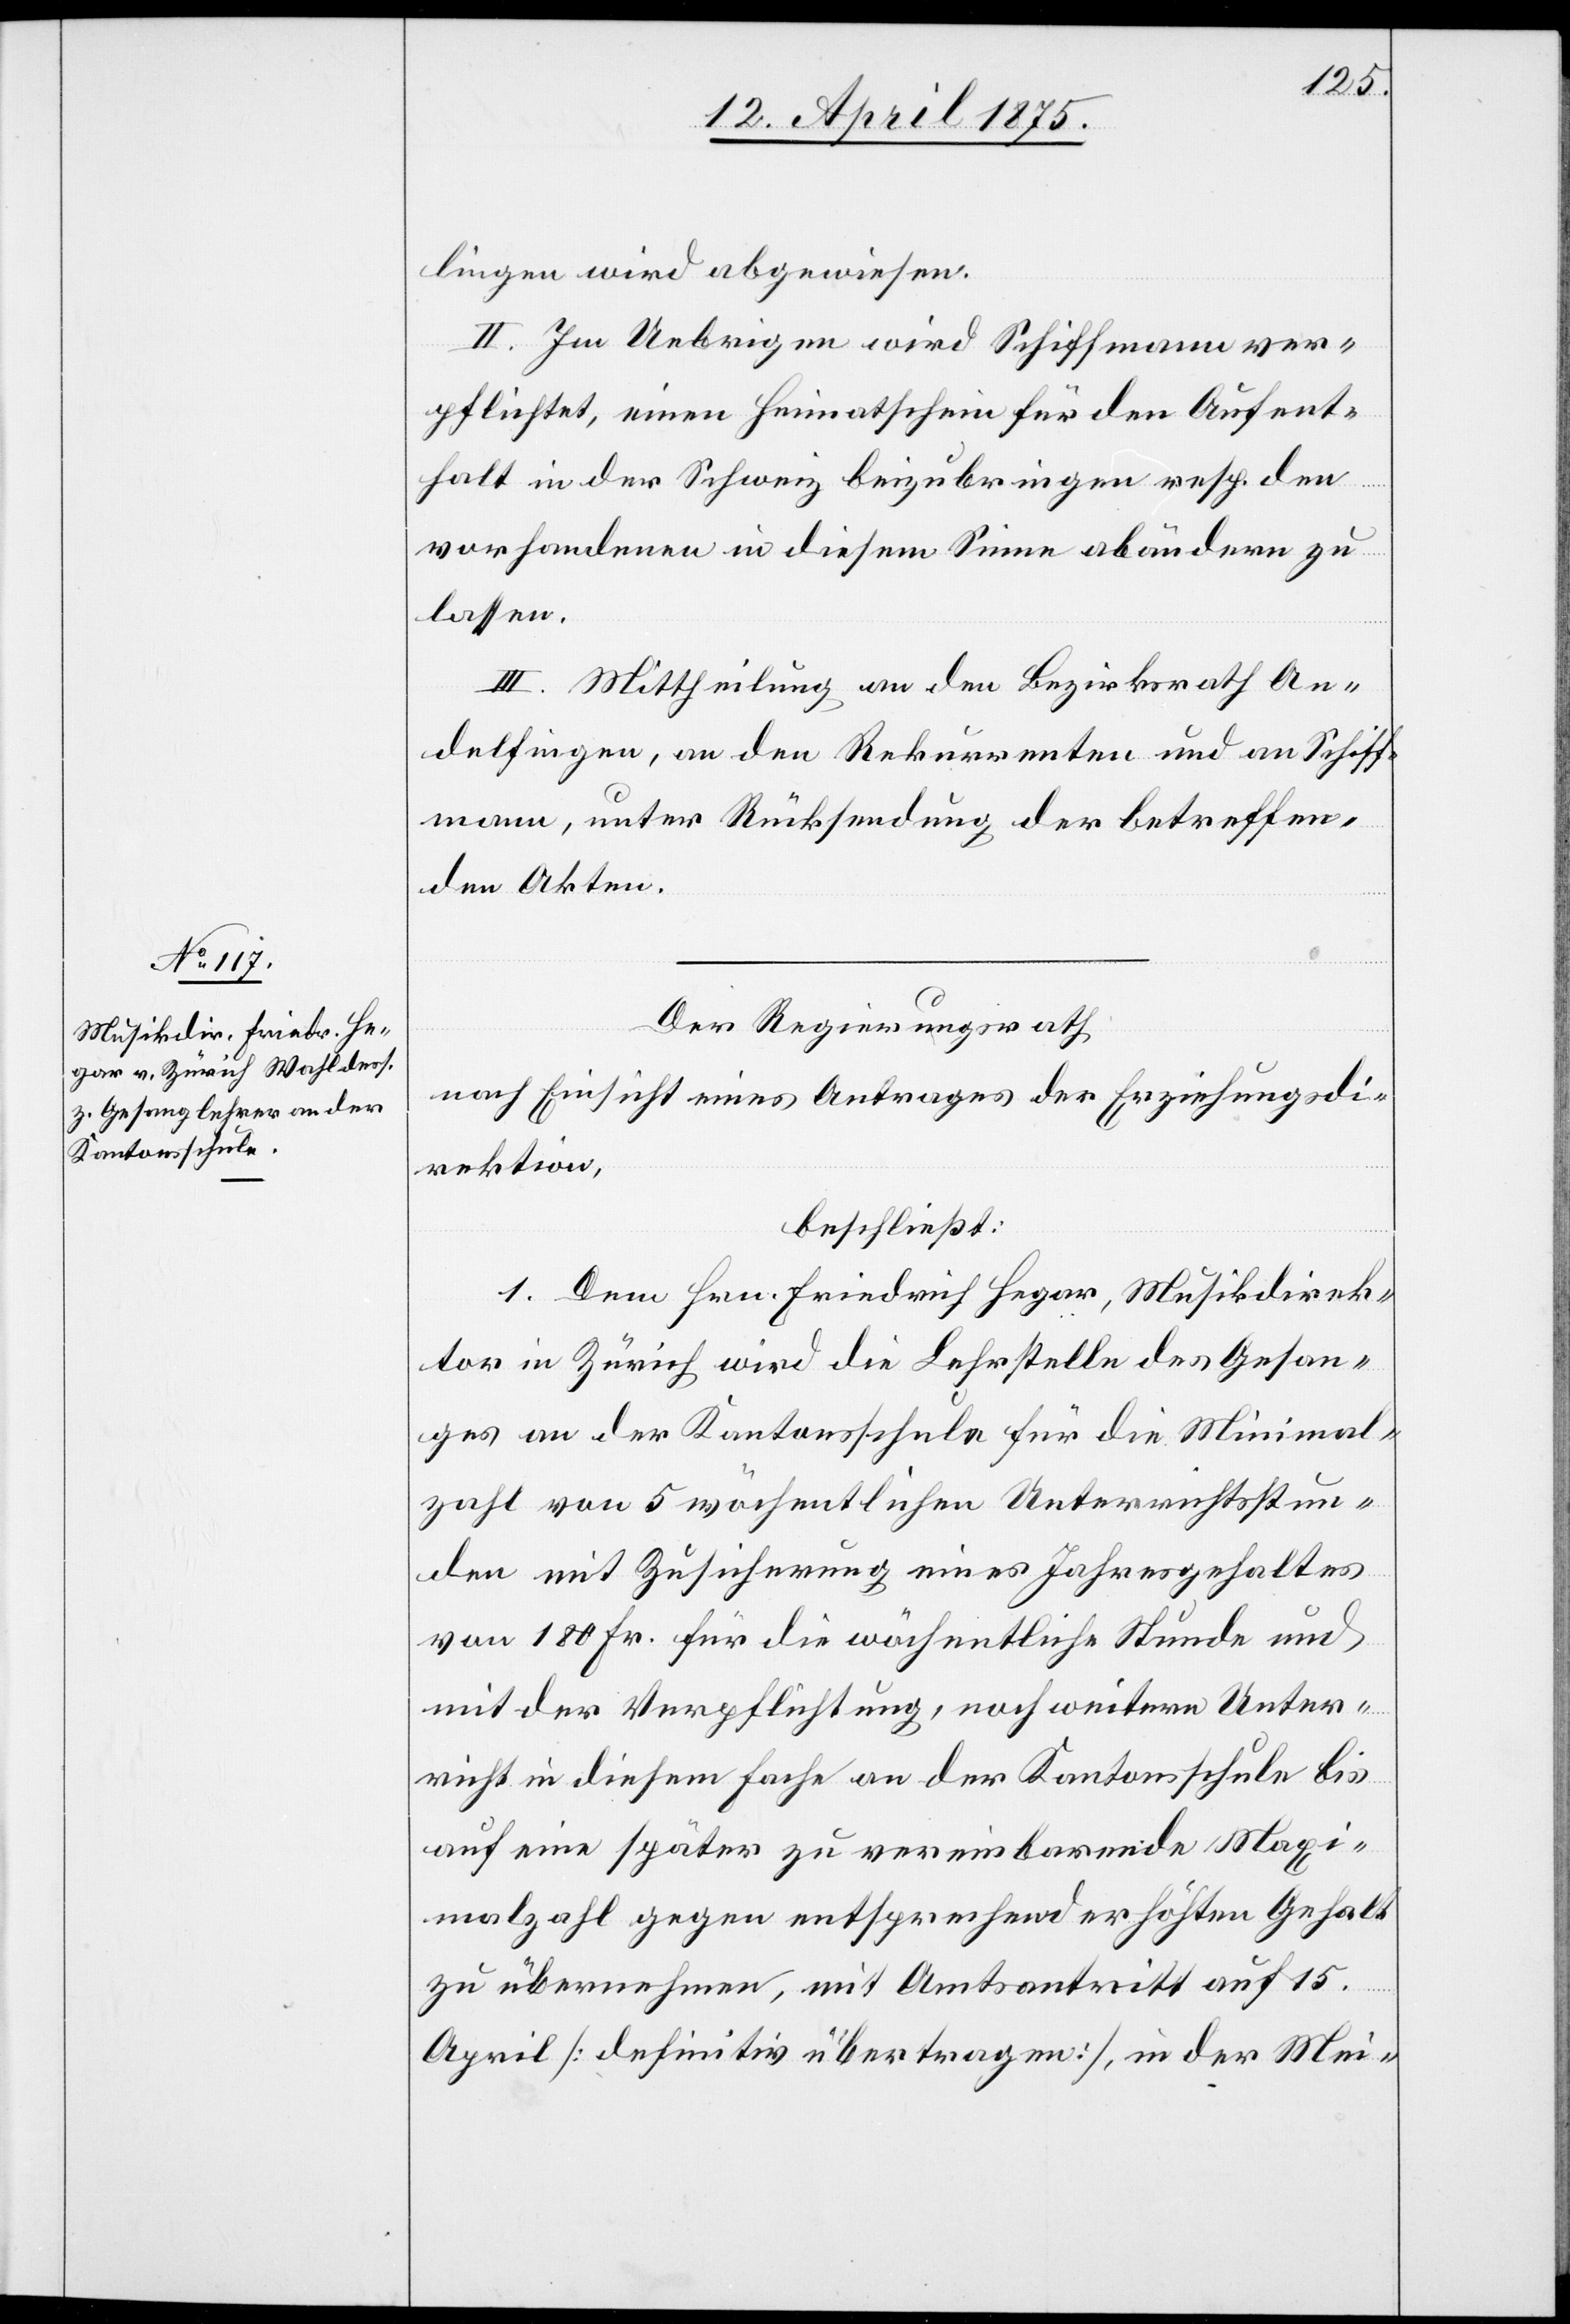
lingen wird abgewiesen.
II. Im Uebrigen wird Schiffmann ver¬
pflichtet, einen Heimatschein für den Aufent¬
halt in der Schweiz beizubringen resp. den
vorhandenen in diesem Sinne abändern zu
lassen.
III. Mittheilung an den Bezirksrath An¬
delfingen, an den Rekurrenten und an Schiff¬
mann, unter Rücksendung der betreffen¬
den Akten.
Der Regierungsrath,
nach Einsicht eines Antrages der Erziehungsdi¬
rektion,
beschließt:
1. Dem Hrn. Friedrich Hegar, Musikdirek¬
tor in Zürich wird die Lehrstelle des Gesan¬
ges an der Kantonsschule für die Minimal¬
zahl von 5 wöchentlichen Unterrichtsstun¬
den mit Zusicherung eines Jahresgehaltes
von 180 Fr. für die wöchentliche Stunde und
mit der Verpflichtung, noch weitern Unter¬
richt in diesem Fache an der Kantonsschule bis
auf eine später zu vereinbarende Maxi¬
malzahl gegen entsprechend erhöhten Gehalt
zu übernehmen, mit Amtsantritt auf 15.
April [definitiv übertragen], in der Mei-